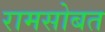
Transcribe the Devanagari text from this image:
रामसोबत